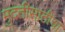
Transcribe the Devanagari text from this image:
मुदतीसाठीचा